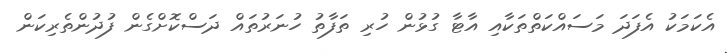
އެކަމަކު އެފަދަ މަސައްކަތްތަކާއި އާޓާ ގުޅުން ހުރި ތަފާތު ހުނަރުތައް ދަސްކޮށްގެން ފުދުންތެރިކަން